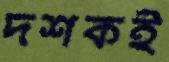
দশকই